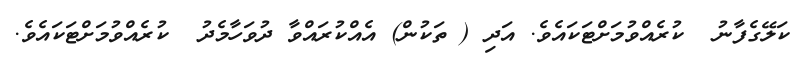
ކަލޭގެފާނު  ކުރެއްވުމަށްޓަކައެވެ. އަދި ( ތަކުން) އެއްކުރައްވާ ދުވަހާމެދު  ކުރެއްވުމަށްޓަކައެވެ.